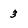
Character: 3